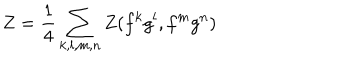
Z = { \frac { 1 } { 4 } } \sum _ { k , l , m , n } Z ( f ^ { k } g ^ { l } , f ^ { m } g ^ { n } )